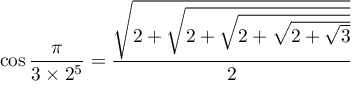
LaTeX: \cos { \frac { \pi } { 3 \times 2 ^ { 5 } } } = { \frac { \sqrt { 2 + { \sqrt { 2 + { \sqrt { 2 + { \sqrt { 2 + { \sqrt { 3 } } } } } } } } } } { 2 } }